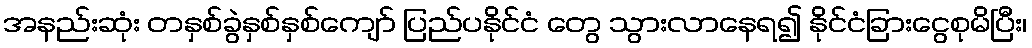
အနည်းဆုံး တနှစ်ခွဲနှစ်နှစ်ကျော် ပြည်ပနိုင်ငံ တွေ သွားလာနေရ၍ နိုင်ငံခြားငွေစုမိပြီး၊